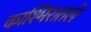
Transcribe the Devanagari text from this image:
काश्मिरातले